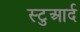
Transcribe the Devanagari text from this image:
स्टुआर्द